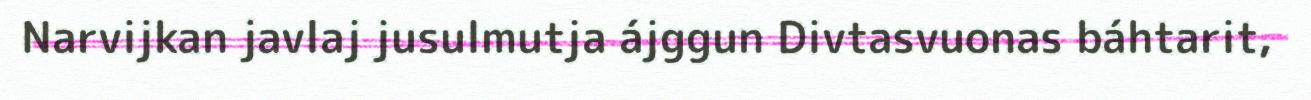
Narvijkan javlaj jusulmutja ájggun Divtasvuonas báhtarit,